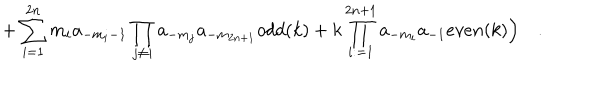
+ \sum _ { i = 1 } ^ { 2 n } m _ { i } a _ { - m _ { i } - 1 } \prod _ { j \neq i } a _ { - m _ { j } } a _ { - m _ { 2 n + 1 } } o d d ( k ) + k \prod _ { i : = 1 } ^ { 2 n + 1 } a _ { - m _ { i } } a _ { - 1 } e v e n ( k ) \Bigr ) \quad .